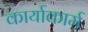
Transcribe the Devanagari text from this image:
कार्याकार्म